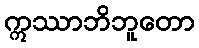
ဣဿာဘိဘူတော